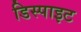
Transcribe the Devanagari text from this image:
डिस्पाइट